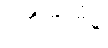
ဗဟိုဘဏ်မှ